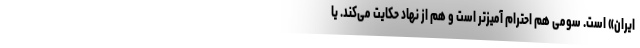
ایران» است. سومی هم احترام آمیزتر است و هم از نهاد حکایت می‌کند. یا